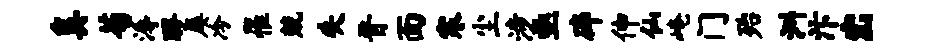
奚荀溽醪屡冷罹兢失晋面寒尘涉亟碎伸仙崦门殆洲汴出